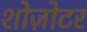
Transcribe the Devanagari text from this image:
शोज़ोटर